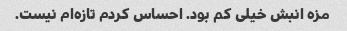
مزه انبش خیلی کم بود. احساس کردم تازه‌ام نیست.